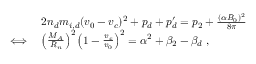
\begin{array} { r l } & { 2 n _ { d } m _ { i , d } ( v _ { 0 } - v _ { c } ) ^ { 2 } + p _ { d } + p _ { d } ^ { \prime } = p _ { 2 } + \frac { ( \alpha B _ { 0 } ) ^ { 2 } } { 8 \pi } } \\ { \iff } & { \left( \frac { M _ { A } } { R _ { n } } \right) ^ { 2 } \left( 1 - \frac { v _ { c } } { v _ { 0 } } \right) ^ { 2 } = \alpha ^ { 2 } + \beta _ { 2 } - \beta _ { d } \ , } \end{array}